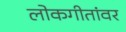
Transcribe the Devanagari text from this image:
लोकगीतांवर